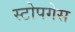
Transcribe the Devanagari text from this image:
स्टोपगेस